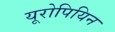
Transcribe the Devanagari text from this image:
यूरोपियिन